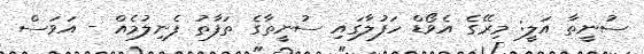
ސުނީތާ އަލީ: މިރޭގެ އެވޯޑް ހަފުލާގައި ސުނީތާގެ ތަފާތު ފެނިލުމެއް - އަވަސް